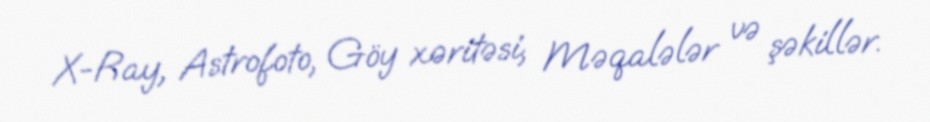
X-Ray, Astrofoto, Göy xəritəsi, Məqalələr və şəkillər.